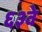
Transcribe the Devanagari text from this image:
६३वे